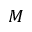
M